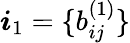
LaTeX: \boldsymbol{i}_{1}=\{ b_{ij}^{(1)}\}